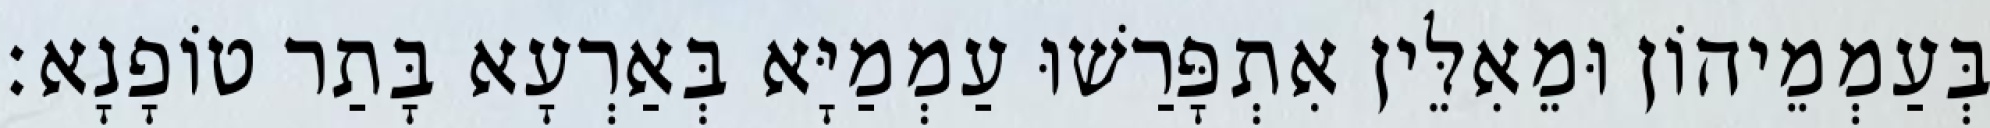
בְּעַמְמֵיהוֹן וּמֵאִלֵּין אִתְפָּרַשׁוּ עַמְמַיָּא בְּאַרְעָא בָּתַר טוֹפָנָא׃